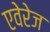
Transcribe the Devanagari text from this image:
एवेरेज